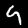
Label: 9